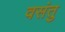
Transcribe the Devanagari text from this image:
वसंतु